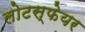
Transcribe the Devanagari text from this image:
लोटस्फेयर